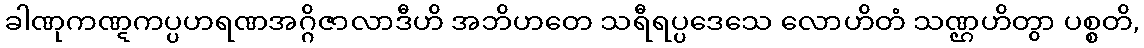
ခါဏုကဏ္ဋကပ္ပဟရဏအဂ္ဂိဇာလာဒီဟိ အဘိဟတေ သရီရပ္ပဒေသေ လောဟိတံ သဏ္ဌဟိတွာ ပစ္စတိ,